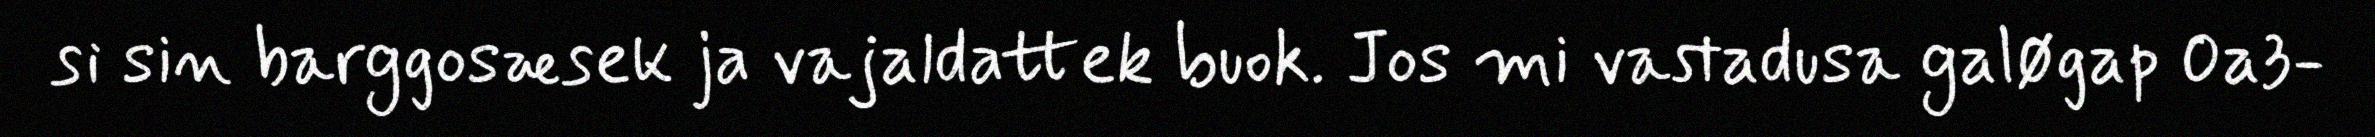
si sin barggosæsek ja vajaldattek buok. Jos mi vastadusa galøgap 0a3-